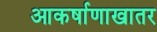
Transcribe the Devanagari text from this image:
आकर्षाणाखातर